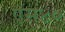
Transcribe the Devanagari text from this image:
एस४०